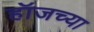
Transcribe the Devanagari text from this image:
हॉजच्या